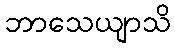
ဘာသေယျာသိ